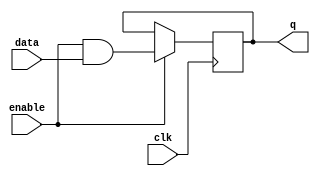
module data_enable_latch (
    input wire data,
    input wire enable,
    input wire clk,
    output reg q
);

reg d;

assign d = enable & data;

always @(posedge clk) begin
    if (enable == 1'b1) begin
        q <= d;
    end
end

endmodule